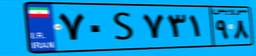
۷۰S۷۳۱۹۸